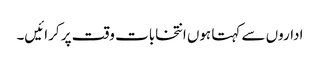
اداروں سے کہتا ہوں انتخابات وقت پر کرائیں۔